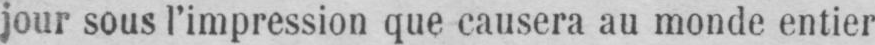
jour sous l’impression que causera au monde entier